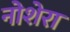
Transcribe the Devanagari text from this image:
नोशेरा